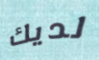
لديك